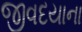
જીવદયાના